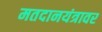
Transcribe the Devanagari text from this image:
मतदानयंत्रावर